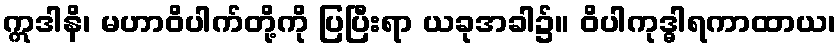
ဣဒါနိ၊ မဟာဝိပါက်တို့ကို ပြပြီးရာ ယခုအခါ၌။ ဝိပါကုဒ္ဓါရကာထာယ၊